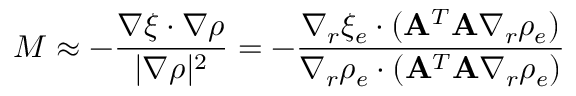
{ \cal M } \approx - \frac { \nabla \xi \cdot \nabla \rho } { | \nabla \rho | ^ { 2 } } = - \frac { \nabla _ { r } \xi _ { e } \cdot ( { \bf A } ^ { T } { \bf A } \nabla _ { r } \rho _ { e } ) } { \nabla _ { r } \rho _ { e } \cdot ( { \bf A } ^ { T } { \bf A } \nabla _ { r } \rho _ { e } ) }